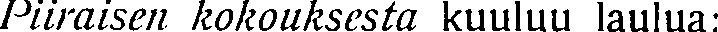
Piiraisen kokouksesta kuuluu laulua: